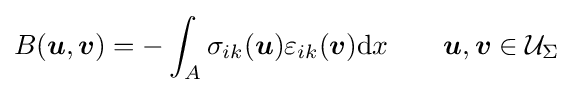
B({\boldsymbol {u}},{\boldsymbol {v}})=-\int _{A}\sigma _{ik}({\boldsymbol {u}})\varepsilon _{ik}({\boldsymbol {v}})\mathrm {d} x\qquad {\boldsymbol {u}},{\boldsymbol {v}}\in {\mathcal {U}}_{\Sigma }